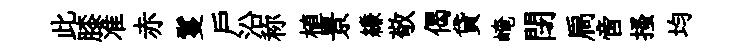
此膝准赤鬘戶沿称植景縑敬偈貸崦閉扃啻搔均